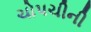
ચોપચીની